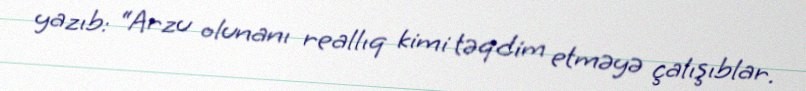
yazıb: “Arzu olunanı reallıq kimi təqdim etməyə çalışıblar.